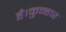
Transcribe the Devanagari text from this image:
है।कुम्हार